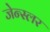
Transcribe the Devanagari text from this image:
जेन्स्लर